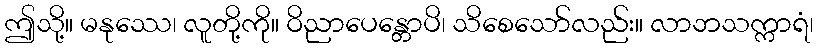
ဤသို့။ မနုဿေ၊ လူတို့ကို။ ဝိညာပေန္တောပိ၊ သိစေသော်လည်း။ လာဘသက္ကာရံ၊